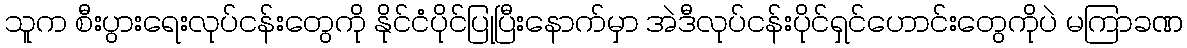
သူက စီးပွားရေးလုပ်ငန်းတွေကို နိုင်ငံပိုင်ပြုပြီးနောက်မှာ အဲဒီလုပ်ငန်းပိုင်ရှင်ဟောင်းတွေကိုပဲ မကြာခဏ